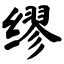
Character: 缪